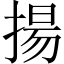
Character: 揚